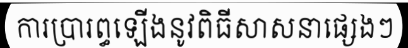
ការប្រារព្ធឡើងនូវពិធីសាសនាផ្សេងៗ